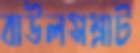
বাউলসম্রাট